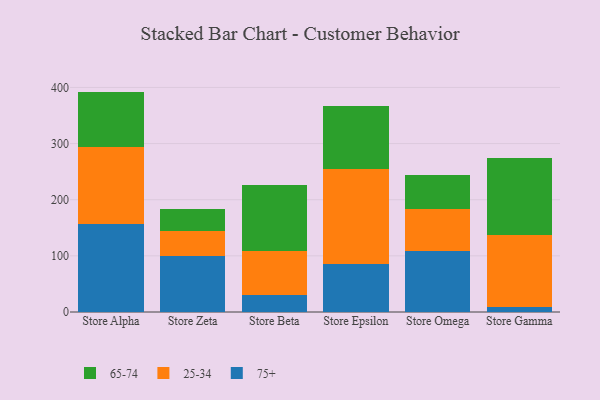
{"axis": {"x": "Store", "y": "LTV (USD)"}, "legend": ["25-34", "65-74", "75+"], "data": [{"x": "Store Alpha", "y": 157.5, "type": "75+"}, {"x": "Store Alpha", "y": 136.9, "type": "25-34"}, {"x": "Store Alpha", "y": 98.2, "type": "65-74"}, {"x": "Store Zeta", "y": 99.1, "type": "75+"}, {"x": "Store Zeta", "y": 45.4, "type": "25-34"}, {"x": "Store Zeta", "y": 39.1, "type": "65-74"}, {"x": "Store Beta", "y": 29.9, "type": "75+"}, {"x": "Store Beta", "y": 78.4, "type": "25-34"}, {"x": "Store Beta", "y": 118.5, "type": "65-74"}, {"x": "Store Epsilon", "y": 86.2, "type": "75+"}, {"x": "Store Epsilon", "y": 167.7, "type": "25-34"}, {"x": "Store Epsilon", "y": 113.9, "type": "65-74"}, {"x": "Store Omega", "y": 108.4, "type": "75+"}, {"x": "Store Omega", "y": 74.3, "type": "25-34"}, {"x": "Store Omega", "y": 61.2, "type": "65-74"}, {"x": "Store Gamma", "y": 9.2, "type": "75+"}, {"x": "Store Gamma", "y": 128.7, "type": "25-34"}, {"x": "Store Gamma", "y": 135.9, "type": "65-74"}]}